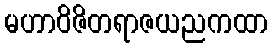
မဟာဝိဇိတရာဇယညကထာ